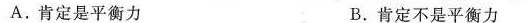
A.肯定是平衡力 B.肯定不是平衡力